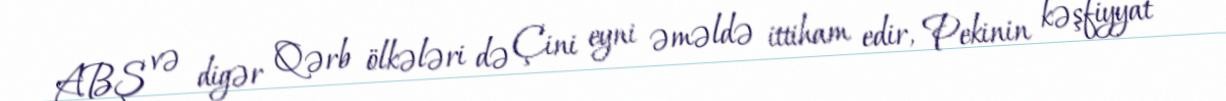
ABŞ və digər Qərb ölkələri də Çini eyni əməldə ittiham edir, Pekinin kəşfiyyat